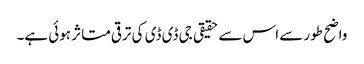
واضح طور سے اس سے حقیقی جی ڈی ڈی کی ترقی متاثر ہوئی ہے۔